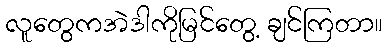
လူတွေကအဲဒါကိုမြင်တွေ့ ချင်ကြတာ။